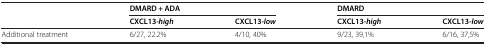
<table><thead><tr><td></td><td colspan="2"><b>DMARD + ADA</b></td><td colspan="2"><b>DMARD</b></td></tr><tr><td></td><td><b>CXCL13-<i>high</i></b></td><td><b>CXCL13-<i>low</i></b></td><td><b>CXCL13-<i>high</i></b></td><td><b>CXCL13-<i>low</i></b></td></tr></thead><tbody><tr><td>Additional treatment</td><td>6/27, 22.2%</td><td>4/10, 40%</td><td>9/23, 39,1%</td><td>6/16, 37,5%</td></tr></tbody></table>